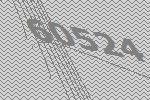
60524